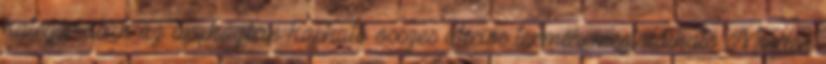
kategóriában az áruházban kapható összes akciós termék megtalálható. Minden